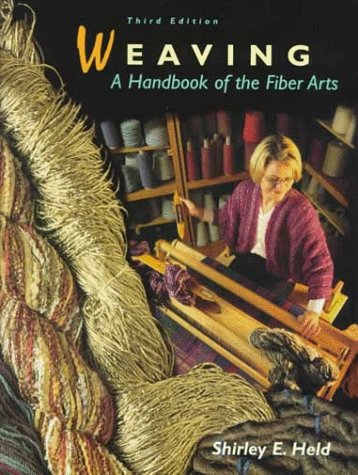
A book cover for Weaving: A Handbook of the Fiber Arts; Shirley E. Held; Crafts, Hobbies & Home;